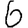
Digit: 6